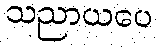
သညာယပေ